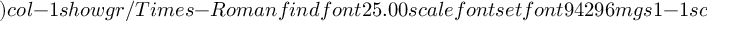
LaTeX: ) c o l - 1 s h o w g r / T i m e s - R o m a n f i n d f o n t 2 5 . 0 0 s c a l e f o n t s e t f o n t 9 4 2 9 6 m g s 1 - 1 s c a l e (